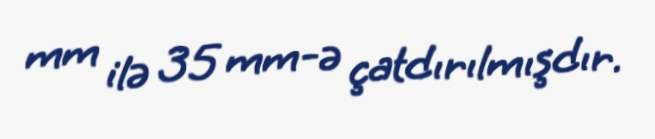
mm ilə 35 mm-ə çatdırılmışdır.